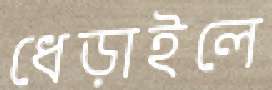
ধেড়াইলে